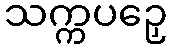
သက္ကပဉှေ